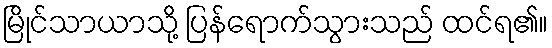
မြိုင်သာယာသို့ ပြန်ရောက်သွားသည် ထင်ရ၏။